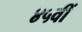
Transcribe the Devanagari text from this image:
४५वीं